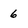
Character: 6